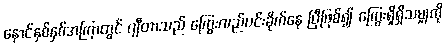
နောင်နှစ်နှစ်အကြာတွင် ဂျီတာသည် ကြွေးလည်ပင်းခိုက်နေ ပြီဖြစ်၍ ကြွေးရှိရှိသမျှကို